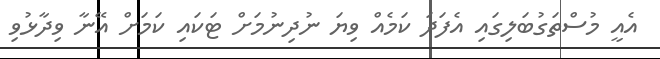
އެއީ މުސްތަގުބަލިގައި އެފަދަ ކަމެއް ވިޔަ ނުދިނުމަށް ޓަކައި ކަމަށް އޭނާ ވިދާޅުވި